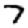
Digit: 7